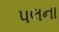
પલના